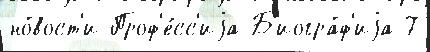
но́вост'и Проф'е́сс'иjа Б'иогра́ф'иjа 7